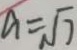
a = \sqrt { 7 }